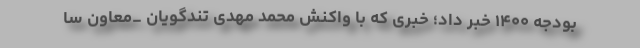
بودجه ۱۴۰۰ خبر داد؛ خبری که با واکنش محمد مهدی تندگویان _معاون سا